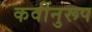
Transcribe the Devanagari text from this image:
कवींनुरूप